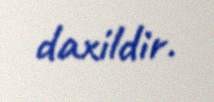
daxildir.